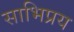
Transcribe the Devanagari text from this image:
साभिप्रय